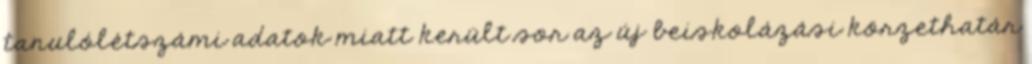
tanulólétszámi adatok miatt került sor az új beiskolázási körzethatár